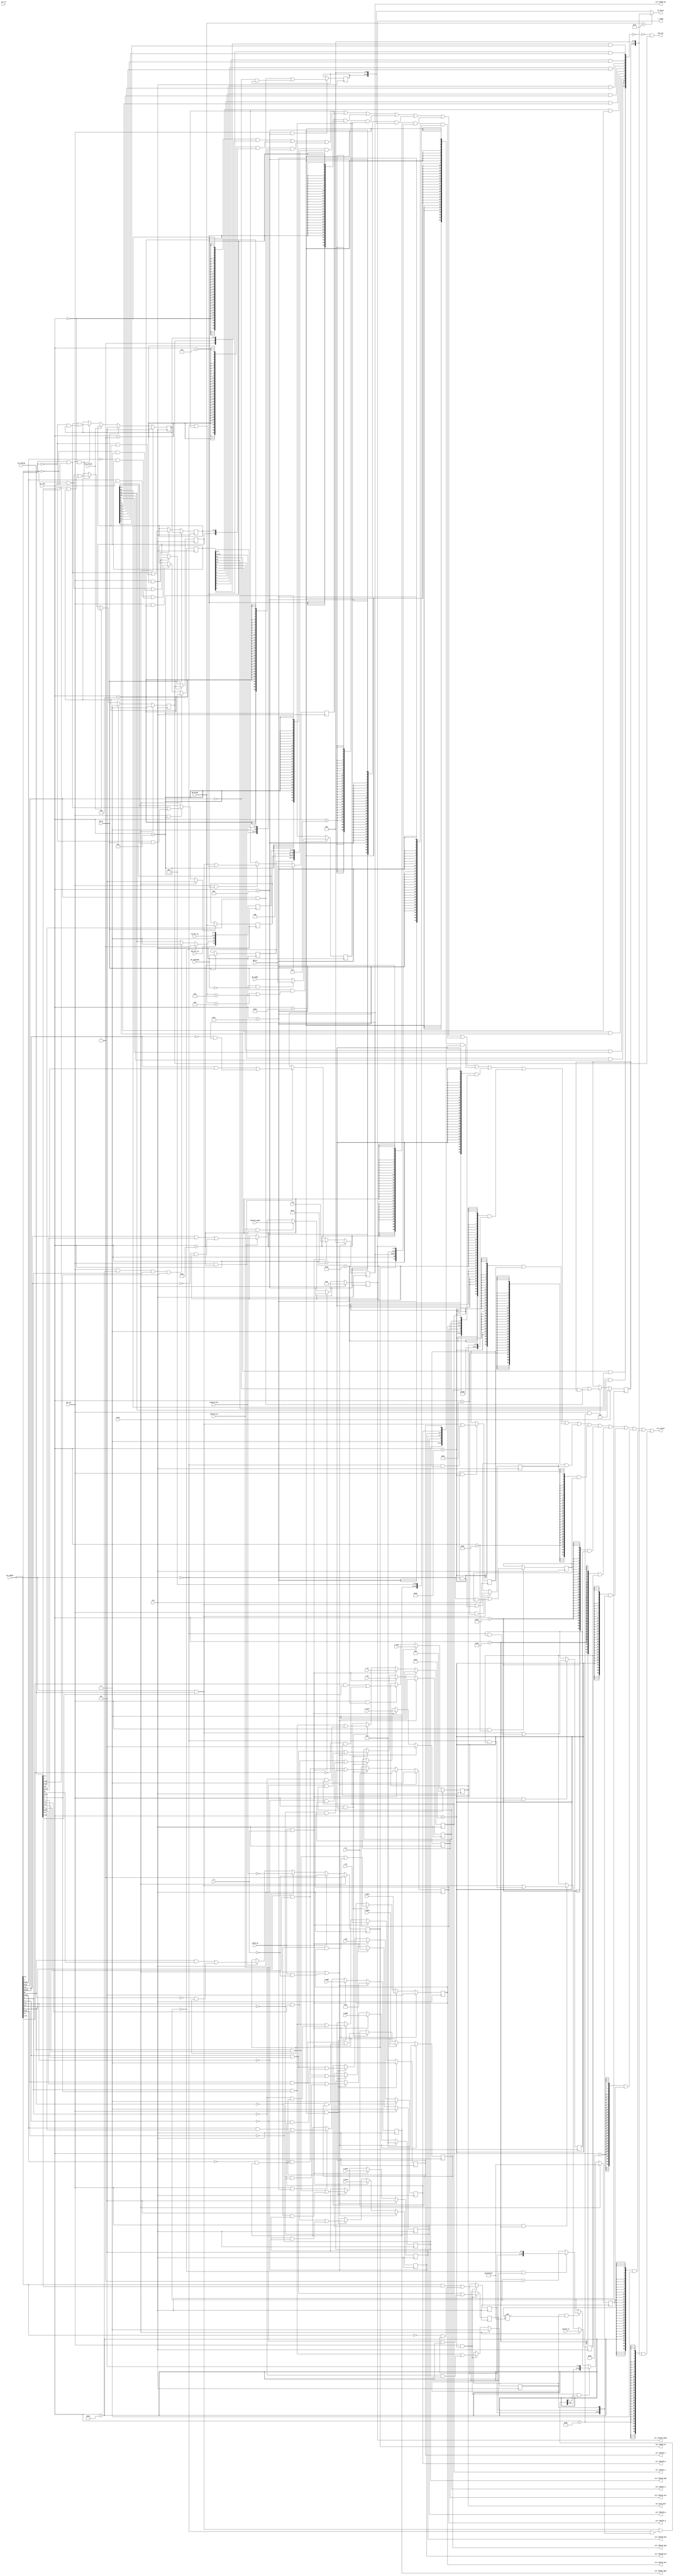
module csr (
    input  wire        clk,
    input  wire        reset,
    input  wire        csr_re,               
    input  wire [13:0] csr_num,        
    output wire [31:0] csr_rvalue,     
    input  wire        csr_we,                 
    input  wire [31:0] csr_wmask,    
    input  wire [31:0] csr_wvalue,       
    input  wire [31:0] WB_pc,
    input  wire        wb_ex,                    
    input  wire [ 5:0] wb_ecode,        
    input  wire [ 8:0] wb_esubcode,        
    input  wire [31:0] wb_vaddr,
    input  wire        ertn_flush,             
    output wire        has_int,             
    output wire [31:0] ex_entry,         
    input  wire [ 7:0] hw_int_in,          
    input  wire        ipi_int_in,
    input  wire [31:0] coreid_in,
//tlbrd
    output wire [ 3:0] r_index,
    input  wire        tlbrd_we,
    input  wire        r_e,
    input  wire [18:0] r_vppn,
    input  wire [ 5:0] r_ps,
    input  wire [ 9:0] r_asid,
    input  wire        r_g,
    input  wire [19:0] r_ppn0,
    input  wire [ 1:0] r_plv0,
    input  wire [ 1:0] r_mat0,
    input  wire        r_d0,
    input  wire        r_v0,
    input  wire [19:0] r_ppn1,
    input  wire [ 1:0] r_plv1,
    input  wire [ 1:0] r_mat1,
    input  wire        r_d1,
    input  wire        r_v1,
//tlbwr
    output reg  [ 3:0] csr_tlbidx_index,
    output reg         csr_tlbidx_ne,
    output reg  [18:0] csr_tlbehi_vppn,
    output reg  [ 5:0] csr_tlbidx_ps,
    output reg  [ 9:0] csr_asid_asid,
    output reg         csr_tlbelo0_g,
    output reg  [19:0] csr_tlbelo0_ppn,
    output reg  [ 1:0] csr_tlbelo0_plv,
    output reg  [ 1:0] csr_tlbelo0_mat,
    output reg         csr_tlbelo0_d,
    output reg         csr_tlbelo0_v,
    output reg         csr_tlbelo1_g,
    output reg  [19:0] csr_tlbelo1_ppn,
    output reg  [ 1:0] csr_tlbelo1_plv,
    output reg  [ 1:0] csr_tlbelo1_mat,
    output reg         csr_tlbelo1_d,
    output reg         csr_tlbelo1_v,
//tlbsrch
    input wire         tlbsrch_en,
    input wire         tlbsrch_hit,
    input wire  [ 3:0] tlbsrch_index
);

//crmd
    `define CSR_CRMD            14'h0000
    `define CSR_CRMD_PLV        1:0
    `define CSR_CRMD_IE         2
    `define CSR_CRMD_DA         3
//prmd
    `define CSR_PRMD            14'h0001
    `define CSR_PRMD_PPLV       1:0
    `define CSR_PRMD_PIE        2
    `define CSR_PRMD_DA         3
//euen
//ecfg
    `define CSR_ECFG            14'h0004
    `define CSR_ECFG_LIE        12:0
//estat
    `define CSR_ESTAT           14'h0005
    `define CSR_ESTAT_IS10      1:0
    `define CSR_ESTAT_ECODE     21:16
    `define CSR_ESTAT_ESUBCODE  30:22
//era
    `define CSR_ERA             14'h0006
    `define CSR_ERA_PC          31:0
//badv
    `define CSR_BADV            14'h0007
//eentry
    `define CSR_EENTRY          14'h000c
    `define CSR_EENTRY_VA       31:6
//tlbidx
    `define CSR_TLBIDX          14'h0010
    `define CSR_TLBIDX_INDEX    3:0
    `define CSR_TLBIDX_PS       29:24
    `define CSR_TLBIDX_NE       31
//tlbehi
    `define CSR_TLBEHI          14'h0011
    `define CSR_TLBEHI_VPPN     31:13
//tlbelo0/1
    `define CSR_TLBELO0         14'h0012
    `define CSR_TLBELO1         14'h0013
    `define CSR_TLBELO_V        0
    `define CSR_TLBELO_D        1
    `define CSR_TLBELO_PLV      3:2
    `define CSR_TLBELO_MAT      5:4
    `define CSR_TLBELO_G        6
    `define CSR_TLBELO_PPN      27:8
//asid
    `define CSR_ASID            14'h0018
    `define CSR_ASID_ASID       9:0
//pgdl
//pgdh
//pgd
//cpuid
//save0/save1/save2/save3
    `define CSR_SAVE0           14'h0030
    `define CSR_SAVE1           14'h0031
    `define CSR_SAVE2           14'h0032
    `define CSR_SAVE3           14'h0033
    `define CSR_SAVE_DATA       31:0
//tid
    `define CSR_TID             14'h0040
    `define CSR_TID_TID         31:0
//tcfg
    `define CSR_TCFG            14'h0041
    `define CSR_TCFG_EN         0
    `define CSR_TCFG_PERIOD     1
    `define CSR_TCFG_INITV      31:2
//tval
    `define CSR_TVAL            14'h0042
//ticlr
    `define CSR_TICLR           14'h0044
    `define CSR_TICLR_CLR       0
//llbctl
//tlbrentry
    `define CSR_TLBRENTRY       14'h0088
    `define CSR_TLBRENTRY_PA    31:6
//ctag
//dmw0/dmw1
//exc code
    `define ECODE_INT           6'h00
    `define ECODE_SYS           6'h0b
    `define ECODE_ADEF          6'h08
    `define ESUBCODE_ADEF       9'h000
    `define ECODE_ALE           6'h09
    `define ECODE_BRK           6'h0c
    `define ECODE_INE           6'h0d
    `define ECODE_TLBR          6'h3f

reg  [ 1:0] csr_crmd_plv;
reg  [ 1:0] csr_prmd_pplv;
reg         csr_crmd_ie;
reg         csr_prmd_pie;
reg  [12:0] csr_ecfg_lie;
reg  [12:0] csr_estat_is;
reg  [ 5:0] csr_estat_ecode;
reg  [ 8:0] csr_estat_esubcode;
reg  [31:0] csr_era_pc;
reg  [31:0] csr_badv_vaddr;
wire        wb_ex_addr_err;
reg  [25:0] csr_eentry_va;
reg  [31:0] csr_save0_data;
reg  [31:0] csr_save1_data;
reg  [31:0] csr_save2_data;
reg  [31:0] csr_save3_data;
reg  [31:0] csr_tid_tid;
reg         csr_tcfg_en;
reg         csr_tcfg_periodic;
reg  [31:0] timer_cnt;
reg  [29:0] csr_tcfg_initval;
wire [31:0] tcfg_next_value;
wire [31:0] csr_tval;
wire        csr_ticlr_clr;
reg  [25:0] csr_tlbrentry_pa;

wire [31:0] csr_crmd_rvalue;
wire [31:0] csr_prmd_rvalue;
wire [31:0] csr_ecfg_rvalue;
wire [31:0] csr_estat_rvalue;
wire [31:0] csr_era_rvalue;
wire [31:0] csr_badv_rvalue;
wire [31:0] csr_eentry_rvalue;
wire [31:0] csr_tlbidx_rvalue;
wire [31:0] csr_tlbehi_rvalue;
wire [31:0] csr_tlbelo0_rvalue;
wire [31:0] csr_tlbelo1_rvalue;
wire [31:0] csr_asid_rvalue;
wire [31:0] csr_save0_rvalue;
wire [31:0] csr_save1_rvalue;
wire [31:0] csr_save2_rvalue;
wire [31:0] csr_save3_rvalue;
wire [31:0] csr_tid_rvalue;
wire [31:0] csr_tcfg_rvalue;
wire [31:0] csr_ticlr_rvalue;
wire [31:0] csr_tlbrentry_rvalue;

wire [12:0] int_vec;

//CRMD
    assign csr_crmd_rvalue = {28'b0, 1'b1, csr_crmd_ie, csr_crmd_plv};
    //PLV
    always @(posedge clk) begin
        if(reset)
            csr_crmd_plv <= 2'b0;
        else if(wb_ex)
            csr_crmd_plv <= 2'b0;
        else if(ertn_flush)
            csr_crmd_plv <= csr_prmd_pplv;
        else if(csr_we && csr_num == `CSR_CRMD)
            csr_crmd_plv <= csr_wmask[`CSR_CRMD_PLV] & csr_wvalue[`CSR_CRMD_PLV]
                        |  ~csr_wmask[`CSR_CRMD_PLV] & csr_crmd_plv;
    end
    //IE
    always @(posedge clk) begin
        if(reset)
            csr_crmd_ie <= 1'b0;
        else if(wb_ex)
            csr_crmd_ie <= 1'b0;
        else if(ertn_flush)
            csr_crmd_ie <= csr_prmd_pie;
        else if(csr_we && csr_num == `CSR_CRMD)
            csr_crmd_ie <= csr_wmask[`CSR_CRMD_IE] & csr_wvalue[`CSR_CRMD_IE]
                        | ~csr_wmask[`CSR_CRMD_IE] & csr_crmd_ie;
    end

//PRMD
    assign csr_prmd_rvalue = {28'b0, 1'b0, csr_prmd_pie, csr_prmd_pplv};
    //PPLV
    always @(posedge clk) begin
        if(wb_ex) begin
            csr_prmd_pplv <= csr_crmd_plv;
            csr_prmd_pie <= csr_crmd_ie;
        end
        else if(csr_we && csr_num == `CSR_PRMD) begin
            csr_prmd_pie <= csr_wmask[`CSR_PRMD_PIE] & csr_wvalue[`CSR_PRMD_PIE]
                        |  ~csr_wmask[`CSR_PRMD_PIE] & csr_prmd_pie;
            csr_prmd_pplv <= csr_wmask[`CSR_PRMD_PPLV] & csr_wvalue[`CSR_PRMD_PPLV]
                        |  ~csr_wmask[`CSR_PRMD_PPLV] & csr_prmd_pplv;
        end
    end

//EUEN

//ECFG
    assign csr_ecfg_rvalue = {19'b0, csr_ecfg_lie[12:11],1'b0,csr_ecfg_lie[9:0]};//1bff
    //LIE
    always @(posedge clk) begin
        if(reset)
            csr_ecfg_lie <= 13'b0;
        else if(csr_we & csr_num == `CSR_ECFG) 
            csr_ecfg_lie <= csr_wmask[`CSR_ECFG_LIE] & csr_wvalue[`CSR_ECFG_LIE]
                        |  ~csr_wmask[`CSR_ECFG_LIE] & csr_ecfg_lie;
    end

//ESTAT
    assign csr_estat_rvalue = {1'b0, csr_estat_esubcode, csr_estat_ecode, 3'b0, csr_estat_is};
    //IS
    always @(posedge clk) begin
        if(reset) begin
            csr_estat_is[1:0] <= 2'b0;
        end
        else if(csr_we && csr_num == `CSR_ESTAT)
            csr_estat_is[1:0] <= csr_wmask[`CSR_ESTAT_IS10] & csr_wvalue[`CSR_ESTAT_IS10]
                            |   ~csr_wmask[`CSR_ESTAT_IS10] & csr_estat_is[`CSR_ESTAT_IS10];
        
        csr_estat_is[9:2] <= hw_int_in[7:0];
        csr_estat_is[10] <= 1'b0;
        if(timer_cnt[31:0] == 32'b0)
            csr_estat_is[11] <= 1'b1;
        else if(csr_we && csr_num == `CSR_TICLR && csr_wmask[`CSR_TICLR_CLR] && csr_wvalue[`CSR_TICLR_CLR])
        csr_estat_is[11] <= 1'b0;
        csr_estat_is[12] <= ipi_int_in;
    end      
    //ECODE, ESUBCODE
    always @(posedge clk) begin
        if(wb_ex) begin
            csr_estat_ecode <= wb_ecode;
            csr_estat_esubcode <= wb_esubcode;
        end
    end      

//ERA
    assign csr_era_rvalue = csr_era_pc;
    //PC
    always @(posedge clk) begin
        if(wb_ex)
            csr_era_pc <= WB_pc;
        else if (csr_we && csr_num==`CSR_ERA)
            csr_era_pc <= csr_wmask[`CSR_ERA_PC] & csr_wvalue[`CSR_ERA_PC]
                       | ~csr_wmask[`CSR_ERA_PC] & csr_era_pc;
    end    

//BADV
    assign csr_badv_rvalue = csr_badv_vaddr;
    assign wb_ex_addr_err = wb_ecode == `ECODE_ALE || wb_ecode == `ECODE_ADEF;
    //VADDR
    always @(posedge clk) begin
        if(wb_ex && wb_ex_addr_err)
            csr_badv_vaddr <= (wb_ecode == `ECODE_ADEF &&
                               wb_esubcode == `ESUBCODE_ADEF) ? WB_pc : wb_vaddr;
    end

//EENTRY
    assign csr_eentry_rvalue = {csr_eentry_va, 6'b0};
    //VA
    always @(posedge clk) begin
        if(csr_we && csr_num == `CSR_EENTRY)
            csr_eentry_va <= csr_wmask[`CSR_EENTRY_VA] & csr_wvalue[`CSR_EENTRY_VA]
                          | ~csr_wmask[`CSR_EENTRY_VA] & csr_eentry_va;
    end

//TLBIDX
    assign csr_tlbidx_rvalue = {csr_tlbidx_ne, 1'b0, csr_tlbidx_ps, 20'b0, csr_tlbidx_index};
    assign r_index           = csr_tlbidx_index;
    //INDEX
    always @(posedge clk)begin
        if (reset)
            csr_tlbidx_index <= 4'b0;
        else if (tlbrd_we & r_e)
            csr_tlbidx_index <= r_index;
        else if (tlbsrch_en & tlbsrch_hit)
            csr_tlbidx_index <= tlbsrch_index;
        else if (csr_we && csr_num == `CSR_TLBIDX)
            csr_tlbidx_index <= csr_wmask[`CSR_TLBIDX_INDEX] & csr_wvalue[`CSR_TLBIDX_INDEX] |
                               ~csr_wmask[`CSR_TLBIDX_INDEX] & csr_tlbidx_index;
    end
    //PS
    always @(posedge clk)begin
        if (reset | (tlbrd_we & ~r_e))
            csr_tlbidx_ps <= 6'b0;
        else if (tlbrd_we & r_e)
            csr_tlbidx_ps <= r_ps;
        else if (csr_we && csr_num == `CSR_TLBIDX)
            csr_tlbidx_ps <= csr_wmask[`CSR_TLBIDX_PS] & csr_wvalue[`CSR_TLBIDX_PS] |
                            ~csr_wmask[`CSR_TLBIDX_PS] & csr_tlbidx_ps;
    end
    //NE
    always @(posedge clk)begin
        if (reset)
            csr_tlbidx_ne <= 1'b1;
        else if (tlbrd_we)
            csr_tlbidx_ne <= ~r_e;
        else if (tlbsrch_en)
            csr_tlbidx_ne <= ~tlbsrch_hit;
        else if (csr_we && csr_num == `CSR_TLBIDX)
            csr_tlbidx_ne <= csr_wmask[`CSR_TLBIDX_NE] & csr_wvalue[`CSR_TLBIDX_NE] |
                            ~csr_wmask[`CSR_TLBIDX_NE] & csr_tlbidx_ne;
    end

//TLBEHI
    assign csr_tlbehi_rvalue = {csr_tlbehi_vppn, 13'b0};
    //VPPN
    always @(posedge clk) begin
        if (reset | (tlbrd_we & ~r_e))
            csr_tlbehi_vppn <= 19'b0;
        else if (tlbrd_we & r_e)
            csr_tlbehi_vppn <= r_vppn;
        else if (csr_we & csr_num == `CSR_TLBEHI)
            csr_tlbehi_vppn <= csr_wmask[`CSR_TLBEHI_VPPN] & csr_wvalue[`CSR_TLBEHI_VPPN] |
                              ~csr_wmask[`CSR_TLBEHI_VPPN] & csr_tlbehi_vppn;
    end

//TLBELO0
    assign csr_tlbelo0_rvalue = {4'b0, csr_tlbelo0_ppn, 1'b0, csr_tlbelo0_g, csr_tlbelo0_mat, 
                                csr_tlbelo0_plv, csr_tlbelo0_d, csr_tlbelo0_v};
    //V, D, PLV, MAT, G, PPN
    always @(posedge clk) begin
        if (reset | (tlbrd_we & ~r_e)) begin
            csr_tlbelo0_v   <= 1'b0;
            csr_tlbelo0_d   <= 1'b0;
            csr_tlbelo0_plv <= 2'b0;
            csr_tlbelo0_mat <= 2'b0;
            csr_tlbelo0_g   <= 1'b0;
            csr_tlbelo0_ppn <= 20'b0;
        end
        else if (tlbrd_we & r_e) begin
            csr_tlbelo0_v   <= r_v0;
            csr_tlbelo0_d   <= r_d0;
            csr_tlbelo0_plv <= r_plv0;
            csr_tlbelo0_mat <= r_mat0;
            csr_tlbelo0_g   <= r_g;
            csr_tlbelo0_ppn <= r_ppn0;
        end
        else if (csr_we & csr_num == `CSR_TLBELO0) begin
            csr_tlbelo0_v   <= csr_wmask[`CSR_TLBELO_V  ] & csr_wvalue[`CSR_TLBELO_V  ] |
                              ~csr_wmask[`CSR_TLBELO_V  ] & csr_tlbelo0_v;
            csr_tlbelo0_d   <= csr_wmask[`CSR_TLBELO_D  ] & csr_wvalue[`CSR_TLBELO_D  ] |
                              ~csr_wmask[`CSR_TLBELO_D  ] & csr_tlbelo0_d;
            csr_tlbelo0_plv <= csr_wmask[`CSR_TLBELO_PLV] & csr_wvalue[`CSR_TLBELO_PLV] |
                              ~csr_wmask[`CSR_TLBELO_PLV] & csr_tlbelo0_plv;
            csr_tlbelo0_mat <= csr_wmask[`CSR_TLBELO_MAT] & csr_wvalue[`CSR_TLBELO_MAT] |
                              ~csr_wmask[`CSR_TLBELO_MAT] & csr_tlbelo0_mat;
            csr_tlbelo0_g   <= csr_wmask[`CSR_TLBELO_G  ] & csr_wvalue[`CSR_TLBELO_G  ] |
                              ~csr_wmask[`CSR_TLBELO_G  ] & csr_tlbelo0_g;
            csr_tlbelo0_ppn <= csr_wmask[`CSR_TLBELO_PPN] & csr_wvalue[`CSR_TLBELO_PPN] |
                              ~csr_wmask[`CSR_TLBELO_PPN] & csr_tlbelo0_ppn;
        end
    end

//TLBELO1
    assign csr_tlbelo1_rvalue = {4'b0, csr_tlbelo1_ppn, 1'b0, csr_tlbelo1_g, csr_tlbelo1_mat, 
                                csr_tlbelo1_plv, csr_tlbelo1_d, csr_tlbelo1_v};
    //V, D, PLV, MAT, G, PPN
    always @(posedge clk) begin
        if (reset | (tlbrd_we & ~r_e)) begin
            csr_tlbelo1_v   <= 1'b0;
            csr_tlbelo1_d   <= 1'b0;
            csr_tlbelo1_plv <= 2'b0;
            csr_tlbelo1_mat <= 2'b0;
            csr_tlbelo1_g   <= 1'b0;
            csr_tlbelo1_ppn <= 20'b0;
        end
        else if (tlbrd_we & r_e) begin
            csr_tlbelo1_v   <= r_v1;
            csr_tlbelo1_d   <= r_d1;
            csr_tlbelo1_plv <= r_plv1;
            csr_tlbelo1_mat <= r_mat1;
            csr_tlbelo1_g   <= r_g;
            csr_tlbelo1_ppn <= r_ppn1;
        end
        else if (csr_we & csr_num == `CSR_TLBELO1) begin
            csr_tlbelo1_v   <= csr_wmask[`CSR_TLBELO_V  ] & csr_wvalue[`CSR_TLBELO_V  ] |
                              ~csr_wmask[`CSR_TLBELO_V  ] & csr_tlbelo1_v;
            csr_tlbelo1_d   <= csr_wmask[`CSR_TLBELO_D  ] & csr_wvalue[`CSR_TLBELO_D  ] |
                              ~csr_wmask[`CSR_TLBELO_D  ] & csr_tlbelo1_d;
            csr_tlbelo1_plv <= csr_wmask[`CSR_TLBELO_PLV] & csr_wvalue[`CSR_TLBELO_PLV] |
                              ~csr_wmask[`CSR_TLBELO_PLV] & csr_tlbelo1_plv;
            csr_tlbelo1_mat <= csr_wmask[`CSR_TLBELO_MAT] & csr_wvalue[`CSR_TLBELO_MAT] |
                              ~csr_wmask[`CSR_TLBELO_MAT] & csr_tlbelo1_mat;
            csr_tlbelo1_g   <= csr_wmask[`CSR_TLBELO_G  ] & csr_wvalue[`CSR_TLBELO_G  ] |
                              ~csr_wmask[`CSR_TLBELO_G  ] & csr_tlbelo1_g;
            csr_tlbelo1_ppn <= csr_wmask[`CSR_TLBELO_PPN] & csr_wvalue[`CSR_TLBELO_PPN] |
                              ~csr_wmask[`CSR_TLBELO_PPN] & csr_tlbelo1_ppn;
        end
    end

//ASID
    assign csr_asid_rvalue = {8'd0, 8'd10, 6'd0, csr_asid_asid};
    //ASID
    always @(posedge clk) begin
        if (reset | (tlbrd_we & ~r_e)) begin
            csr_asid_asid <= 10'd0;
        end
        else if (tlbrd_we & r_e) begin
            csr_asid_asid <= r_asid;
        end
        else if (csr_we & csr_num == `CSR_ASID) begin
            csr_asid_asid <= csr_wmask[`CSR_ASID_ASID] & csr_wvalue[`CSR_ASID_ASID] |
                            ~csr_wmask[`CSR_ASID_ASID] & csr_asid_asid;
        end
    end

//PGDL

//PGDH

//PGD

//CPUID

//SAVE0~3
    assign csr_save0_rvalue = csr_save0_data;
    assign csr_save1_rvalue = csr_save1_data;
    assign csr_save2_rvalue = csr_save2_data;
    assign csr_save3_rvalue = csr_save3_data;
    //DATA
    always @(posedge clk) begin
        if (csr_we && csr_num==`CSR_SAVE0)
            csr_save0_data <= csr_wmask[`CSR_SAVE_DATA] & csr_wvalue[`CSR_SAVE_DATA]
                           | ~csr_wmask[`CSR_SAVE_DATA] & csr_save0_data;
        if (csr_we && csr_num==`CSR_SAVE1)
            csr_save1_data <= csr_wmask[`CSR_SAVE_DATA] & csr_wvalue[`CSR_SAVE_DATA]
                           | ~csr_wmask[`CSR_SAVE_DATA] & csr_save1_data;
        if (csr_we && csr_num==`CSR_SAVE2)
            csr_save2_data <= csr_wmask[`CSR_SAVE_DATA] & csr_wvalue[`CSR_SAVE_DATA]
                           | ~csr_wmask[`CSR_SAVE_DATA] & csr_save2_data;
        if (csr_we && csr_num==`CSR_SAVE3)
            csr_save3_data <= csr_wmask[`CSR_SAVE_DATA] & csr_wvalue[`CSR_SAVE_DATA]
                           | ~csr_wmask[`CSR_SAVE_DATA] & csr_save3_data;
    end

//TID
    assign csr_tid_rvalue = csr_tid_tid;
    always @(posedge clk)begin
        if(reset)
            csr_tid_tid <= coreid_in;
        else if(csr_we && csr_num == `CSR_TID)
            csr_tid_tid <= csr_wmask[`CSR_TID_TID] & csr_wvalue[`CSR_TID_TID]
                        | ~csr_wmask[`CSR_TID_TID] & csr_tid_tid;
    end

//TCFG
    assign csr_tcfg_rvalue = {csr_tcfg_initval, csr_tcfg_periodic, csr_tcfg_en};
    always @(posedge clk) begin
        if(reset)
            csr_tcfg_en <= 1'b0;
        else if (csr_we && csr_num==`CSR_TCFG)
            csr_tcfg_en <= csr_wmask[`CSR_TCFG_EN] & csr_wvalue[`CSR_TCFG_EN]
                        | ~csr_wmask[`CSR_TCFG_EN] & csr_tcfg_en;

        if (csr_we && csr_num==`CSR_TCFG) begin
            csr_tcfg_periodic <= csr_wmask[`CSR_TCFG_PERIOD] & csr_wvalue[`CSR_TCFG_PERIOD]
                              | ~csr_wmask[`CSR_TCFG_PERIOD] & csr_tcfg_periodic;
            csr_tcfg_initval <= csr_wmask[`CSR_TCFG_INITV] & csr_wvalue[`CSR_TCFG_INITV]
                             | ~csr_wmask[`CSR_TCFG_INITV] & csr_tcfg_initval;
        end
    end

//TVAL
    assign tcfg_next_value = csr_wmask[31:0] & csr_wvalue[31:0]
                          | ~csr_wmask[31:0] & {csr_tcfg_initval, csr_tcfg_periodic, csr_tcfg_en};
    always @(posedge clk) begin
        if(reset)
            timer_cnt <= 32'hffffffff;
        else if(csr_we && csr_num == `CSR_TCFG && tcfg_next_value[`CSR_TCFG_EN])
            timer_cnt <= {tcfg_next_value[`CSR_TCFG_INITV], 2'b0};
        else if (csr_tcfg_en && timer_cnt!=32'hffffffff) begin
            if (timer_cnt[31:0]==32'b0 && csr_tcfg_periodic)
                timer_cnt <= {csr_tcfg_initval, 2'b0};
            else
                timer_cnt <= timer_cnt - 1'b1;
        end
    end
    assign csr_tval = timer_cnt[31:0];

//TICLR
    assign csr_ticlr_clr = 1'b0;
    assign csr_ticlr_rvalue = {30'b0, csr_ticlr_clr};

//LIBCTL

//TLBRENTRY
    assign csr_tlbrentry_rvalue = {csr_tlbrentry_pa, 6'b0};
    //PA
    always @(posedge clk) begin
        if (reset) begin
            csr_tlbrentry_pa <= 26'b0;
        end
        else if (csr_we & csr_num == `CSR_TLBRENTRY) begin
            csr_tlbrentry_pa <= csr_wmask[`CSR_TLBRENTRY_PA] & csr_wvalue[`CSR_TLBRENTRY_PA]
                                | ~csr_wmask[`CSR_TLBRENTRY_PA] & csr_tlbrentry_pa;  
        end
    end

//CTAG

//DMW0

//DMW1

//rvalue
    assign csr_rvalue = {32{csr_num == `CSR_CRMD     }} & csr_crmd_rvalue
                    |   {32{csr_num == `CSR_PRMD     }} & csr_prmd_rvalue
                    |   {32{csr_num == `CSR_ECFG     }} & csr_ecfg_rvalue
                    |   {32{csr_num == `CSR_ESTAT    }} & csr_estat_rvalue
                    |   {32{csr_num == `CSR_ERA      }} & csr_era_rvalue
                    |   {32{csr_num == `CSR_BADV     }} & csr_badv_rvalue
                    |   {32{csr_num == `CSR_EENTRY   }} & csr_eentry_rvalue
                    |   {32{csr_num == `CSR_TLBIDX   }} & csr_tlbidx_rvalue
                    |   {32{csr_num == `CSR_TLBEHI   }} & csr_tlbehi_rvalue
                    |   {32{csr_num == `CSR_TLBELO0  }} & csr_tlbelo0_rvalue
                    |   {32{csr_num == `CSR_TLBELO1  }} & csr_tlbelo1_rvalue
                    |   {32{csr_num == `CSR_ASID     }} & csr_asid_rvalue
                    |   {32{csr_num == `CSR_SAVE0    }} & csr_save0_rvalue
                    |   {32{csr_num == `CSR_SAVE1    }} & csr_save1_rvalue
                    |   {32{csr_num == `CSR_SAVE2    }} & csr_save2_rvalue
                    |   {32{csr_num == `CSR_SAVE3    }} & csr_save3_rvalue
                    |   {32{csr_num == `CSR_TID      }} & csr_tid_rvalue
                    |   {32{csr_num == `CSR_TCFG     }} & {csr_tcfg_initval, csr_tcfg_periodic, csr_tcfg_en}
                    |   {32{csr_num == `CSR_TVAL     }} & csr_tval
                    |   {32{csr_num == `CSR_TICLR    }} & csr_ticlr_rvalue
                    |   {32{csr_num == `CSR_TLBRENTRY}} & csr_tlbrentry_rvalue;
                    
//ex_entry
    assign ex_entry = wb_ecode == `ECODE_TLBR ? csr_tlbrentry_rvalue : csr_eentry_rvalue;

//has_int
    assign int_vec[12:0] = { csr_ecfg_lie[12] & csr_estat_is[12],
                             csr_ecfg_lie[11] & csr_estat_is[11],
                             csr_ecfg_lie[10] & csr_estat_is[10],
                             csr_ecfg_lie[ 9] & csr_estat_is[ 9],
                             csr_ecfg_lie[ 8] & csr_estat_is[ 8],
                             csr_ecfg_lie[ 7] & csr_estat_is[ 7],
                             csr_ecfg_lie[ 6] & csr_estat_is[ 6],
                             csr_ecfg_lie[ 5] & csr_estat_is[ 5],
                             csr_ecfg_lie[ 4] & csr_estat_is[ 4],
                             csr_ecfg_lie[ 3] & csr_estat_is[ 3],
                             csr_ecfg_lie[ 2] & csr_estat_is[ 2],
                             csr_ecfg_lie[ 1] & csr_estat_is[ 1],
                             csr_ecfg_lie[ 0] & csr_estat_is[ 0]
                           };
    assign has_int = ~(int_vec == 13'b0) & csr_crmd_ie;

endmodule